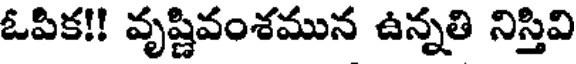
ఓపిక!! వృష్ణివంశమున ఉన్నతి నిస్తివి